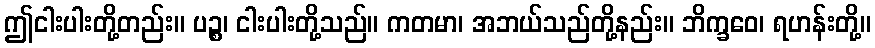
ဤငါးပါးတို့တည်း။ ပဉ္စ၊ ငါးပါးတို့သည်။ ကတမာ၊ အဘယ်သည်တို့နည်း။ ဘိက္ခဝေ၊ ရဟန်းတို့။